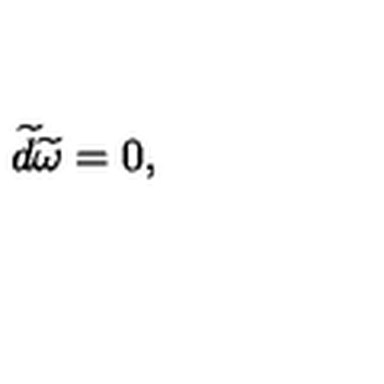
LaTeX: \widetilde { d } \widetilde { \omega } = 0 ,